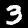
Label: 3